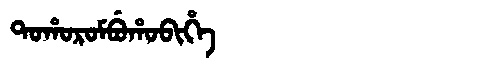
Manchu: ᡨᠣᡥᠣᡵᠣᠮᠪᡠᡥᠣᠪᡳᡥᡝ
Romanization: TOHOROMBUHOBIHE